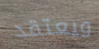
ويعتقد